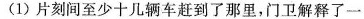
(1)片刻间至少十几辆车赶到了那里，门卫解释了